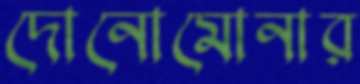
দোনোমোনার